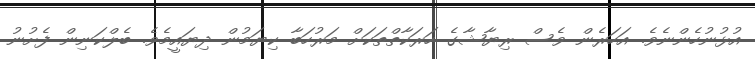
އުޅުނުހެންނެވެ. އަހަރެން ވެސް ރިޔާޝާގެ ހަރަކާތްތަކަށް މަރުހަބާ ކިޔަމުން ދިޔައީމެވެ. ބެލްކަނިން ފެށުނު